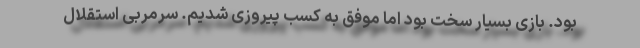
بود. بازی بسیار سخت بود اما موفق به کسب پیروزی شدیم. سرمربی استقلال